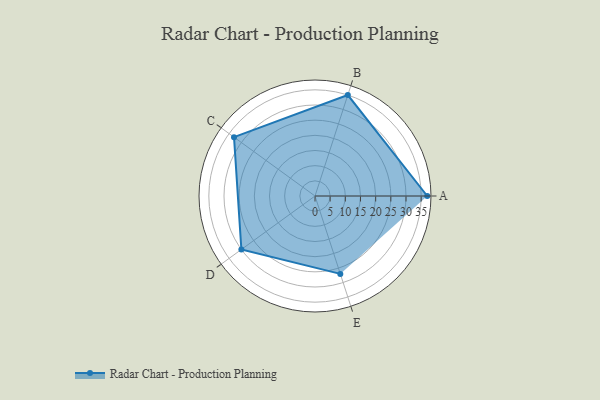
{"axis": {"x": "Skill", "y": "Score"}, "legend": ["Profile"], "data": [{"x": "A", "y": 37.0, "type": "Profile"}, {"x": "B", "y": 35.0, "type": "Profile"}, {"x": "C", "y": 33.0, "type": "Profile"}, {"x": "D", "y": 30.0, "type": "Profile"}, {"x": "E", "y": 27.0, "type": "Profile"}]}